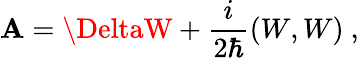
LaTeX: {\cal\mathbf{A}}=\DeltaW+\frac{{i}}{{2\hbar}}(W,W)\ ,